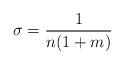
LaTeX: \begin{align*}\sigma=\frac{1}{n(1+m)}\end{align*}